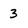
Character: 3